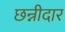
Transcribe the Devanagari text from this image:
छन्नीदार